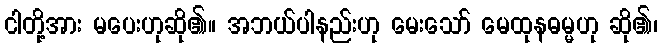
ငါတို့အား မပေးဟုဆို၏။ အဘယ်ပါနည်းဟု မေးသော် မေထုနဓမ္မဟု ဆို၏၊